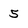
Character: 5